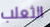
الثعلب